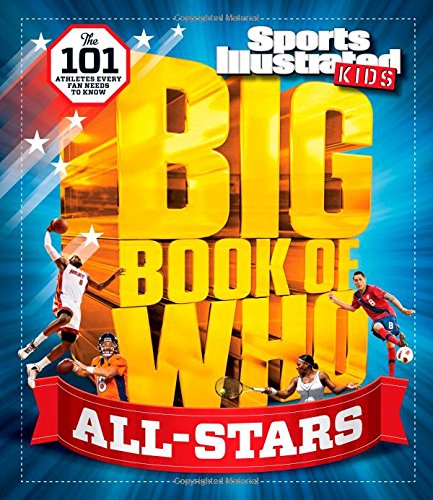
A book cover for Sports Illustrated Kids Big Book of Who: ALL-STARS: The 101 Stars Every Fan Needs to Know; The Editors of Sports Illustrated Kids; Children's Books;